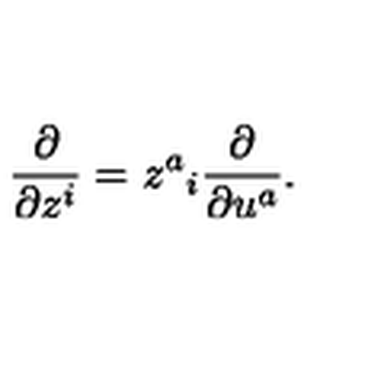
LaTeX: \frac { \partial } { \partial z ^ { i } } = z ^ { a } { } _ { i } \frac { \partial } { \partial u ^ { a } } .